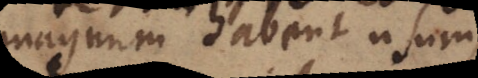
magnum habent usum